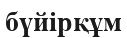
бүйірқұм